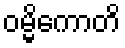
ဝမ္မိကောတိ